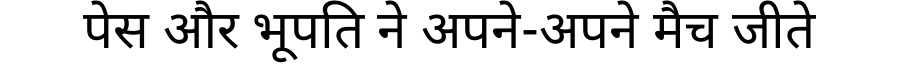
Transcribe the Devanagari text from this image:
पेस और भूपति ने अपने-अपने मैच जीते